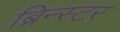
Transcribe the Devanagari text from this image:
ब्रिन्स्टर